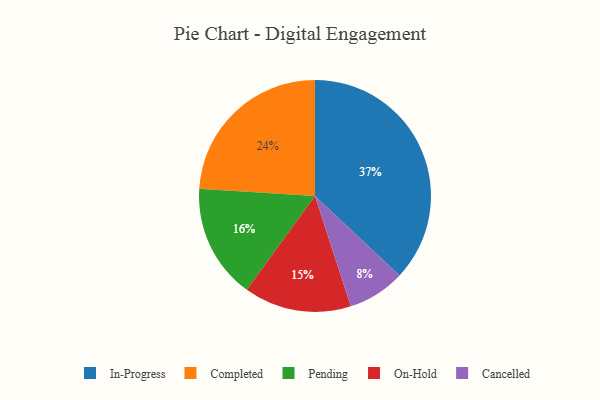
{"axis": {"x": "Category", "y": "Percentage"}, "legend": ["Cancelled", "Completed", "In-Progress", "On-Hold", "Pending"], "data": [{"x": "On-Hold", "y": 15, "type": "On-Hold"}, {"x": "Pending", "y": 16, "type": "Pending"}, {"x": "Completed", "y": 24, "type": "Completed"}, {"x": "In-Progress", "y": 37, "type": "In-Progress"}, {"x": "Cancelled", "y": 8, "type": "Cancelled"}]}